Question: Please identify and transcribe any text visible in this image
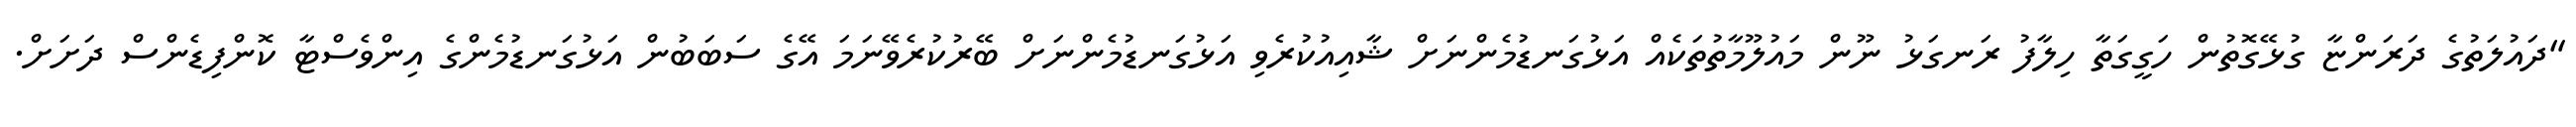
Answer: "ދައުލަތުގެ ދަރަންޏާ ގުޅޭގޮތުން ހަގީގަތާ ހިލާފު ރަނގަޅު ނޫން މައުލޫމާތުތަކެއް އަޅުގަނޑުމެންނަށް ޝާއިއުކުރެވި އަޅުގަނޑުމެންނަށް ބޭރުކުރެވޭނަމަ އޭގެ ސަބަބުން އަޅުގަނޑުމެންގެ އިންވެސްޓާ ކޮންފިޑެންސް ދަށަށް.